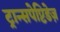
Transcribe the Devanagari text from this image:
ट्रान्सपेप्टिडेज़